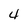
Character: 4